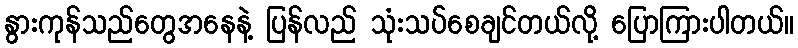
နွားကုန်သည်တွေအနေနဲ့ ပြန်လည် သုံးသပ်စေချင်တယ်လို့ ပြောကြားပါတယ်။